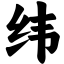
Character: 纬